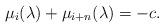
LaTeX: \begin{align*}\mu_i(\lambda)+\mu_{i+n}(\lambda)=-c.\end{align*}